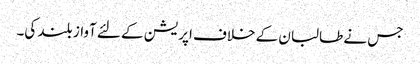
جس نے طالبان کے خلاف اپریشن کے لئے آواز بلند کی۔